Indian journal of veterinary science and animal husbandry - Volumes 18-21, 1948-1951
Year: 1948
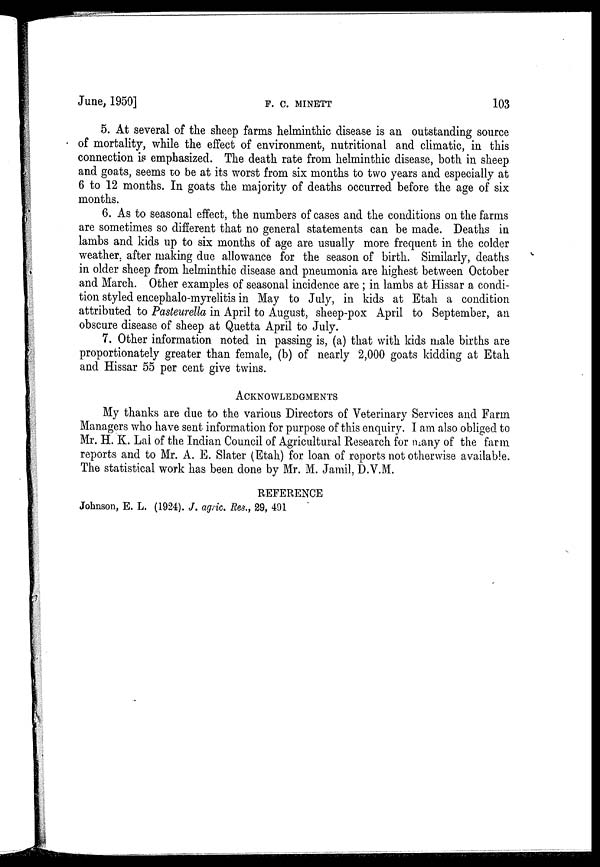
June, 1950]
F.
C.
MINETT
103
5. At several of the sheep farms helminthic disease is an outstanding source
of mortality, while the effect of environment, nutritional and climatic, in this
connection is emphasized. The death rate from helminthic disease, both in sheep
and goats, seems to be at its worst from six months to two years and especially at
6 to 12 months. In goats the majority of deaths occurred before the age of six
months.
6. As to seasonal effect, the numbers of cases and the conditions on the farms
are sometimes so different that no general statements can be made. Deaths in
lambs and kids up to six months of age are usually more frequent in the colder
weather, after making due allowance for the season of birth. Similarly, deaths
in older sheep from helminthic disease and pneumonia are highest between October
and March. Other examples of seasonal incidence are ; in lambs at Hissar a condi-
tion styled encephalo-myrelitis in May to July, in kids at Etah a condition
attributed to Pasteurella in April to August, sheep-pox April to September, an
obscure disease of sheep at Quetta April to July.
7. Other information noted in passing is, (a) that with kids male births are
proportionately greater than female, (b) of nearly 2,000 goats kidding at Etah
and Hissar 55 per cent give twins.
ACKNOWLEDGMENTS
My thanks are due to the various Directors of Veterinary Services and Farm
Managers who have sent information for purpose of this enquiry. I am also obliged to
Mr. H. K. Lai of the Indian Council of Agricultural Research for many of the farm
reports and to Mr. A. E. Slater (Etah) for loan of reports not otherwise available.
The statistical work has been done by Mr. M. Jamil, D.V.M.
REFERENCE
Johnson, E. L. (1924). J. agric. Res., 29, 491